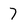
Character: 7